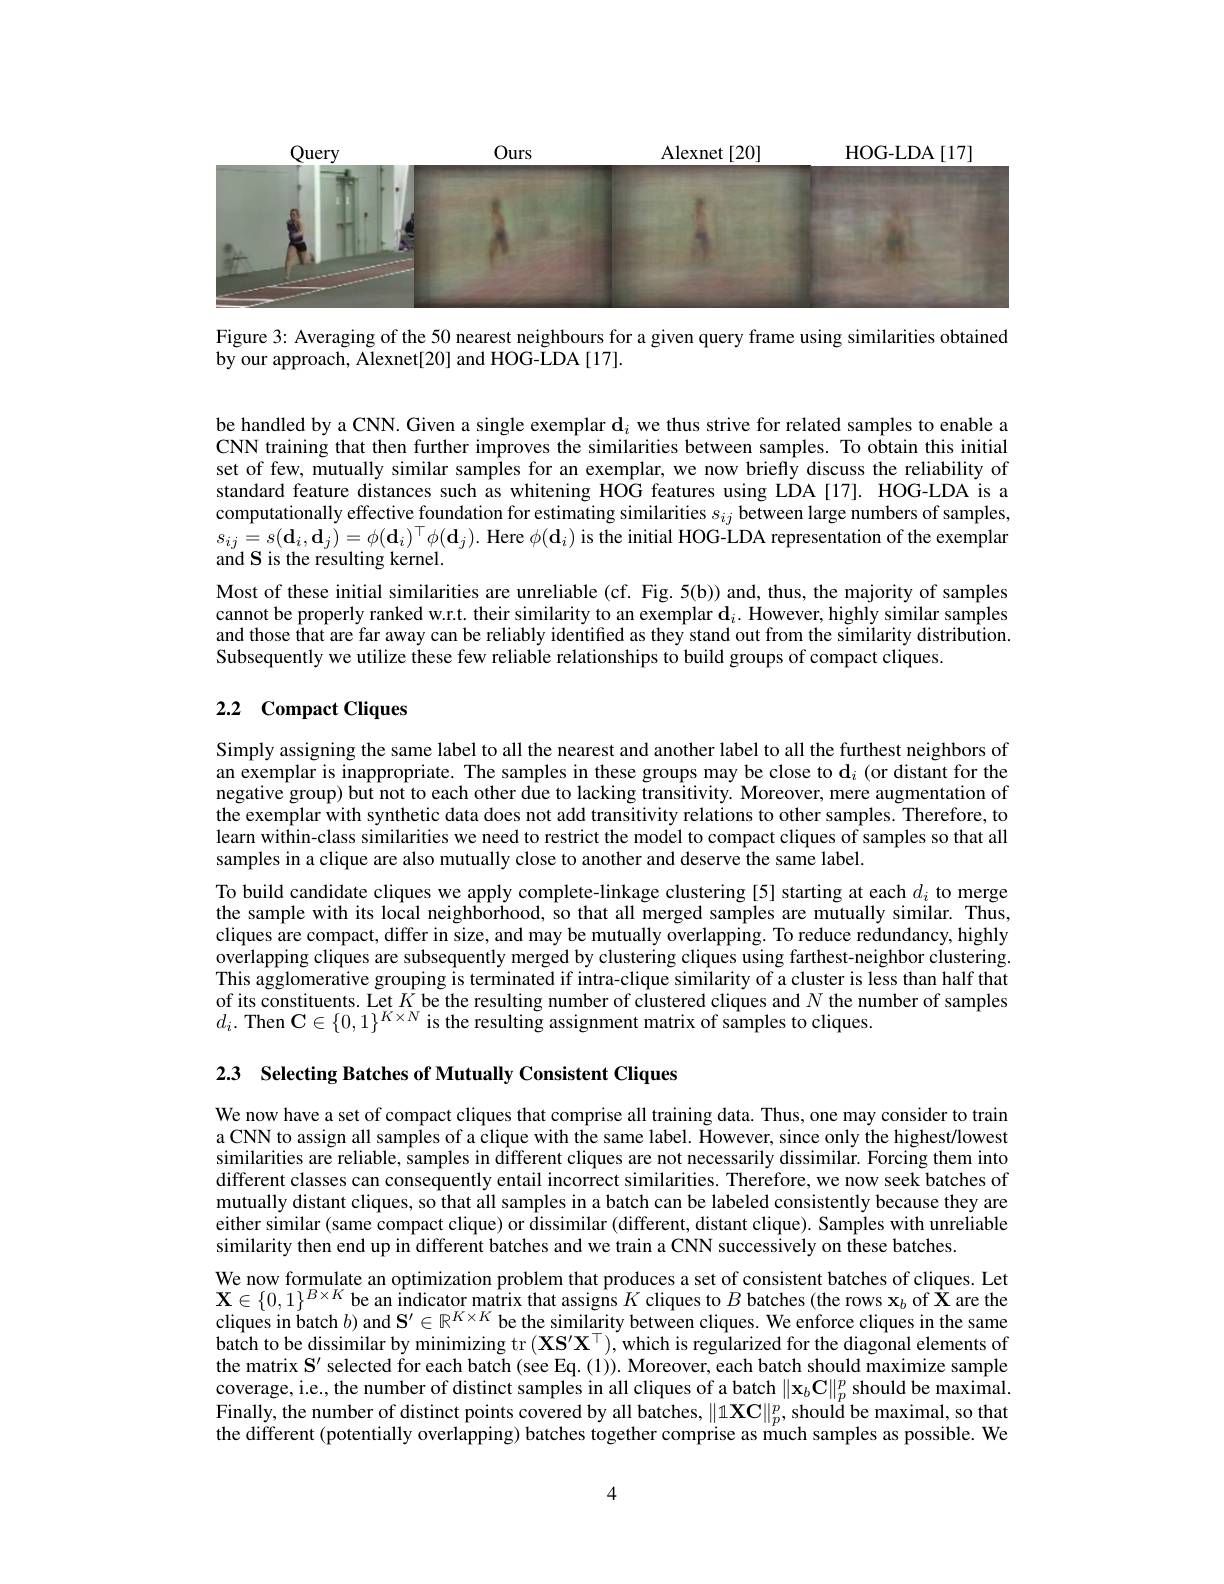
<FigureHere>

Figure 3: Averaging of the 50 nearest neighbours for a given query frame using similarities obtained
by our approach, Alexnet[20] and HOG-LDA[17].

be handled by a CNN. Given a single exemplar $\mathbf{d}_i$ we thus strive for related samples to enable a CNN training that then further improves the similarities between samples. To obtain this initial set of few, mutually similar samples for an exemplar, we now brieffy discuss the reliability of standard feature distances such as whitening HOG features using LDA[17]. HOG-LDA is a computationally effective foundation for estimating similarities $s_{ij}$ between large numbers of samples, $s_{ij}=s(\mathbf{d}_{i},\mathbf{d}_{j})=\phi(\mathbf{d}_{i})^{\top}\phi(\mathbf{d}_{j}).$ Here $\phi(\mathbf{d}_{i})$ is the initial HOG-LDA representation of the exemplar and S is the resulting kernel.
Most of these initial similarities are unreliable (cf. Fig. 5(b)) and, thus, the majority of samples cannot be properly ranked w.r.t. their similarity to an exemplar $\mathbf{d}_i.$ However, highly similar samples and those that are far away can be reliably identified as they stand out from the similarity distribution. Subsequently we utilize these few reliable relationships to build groups of compact cliques

## 2.2 Compact Cliques

Simply assigning the same label to all the nearest and another label to all the furthest neighbors of an exemplar is inappropriate. The samples in these groups may be close to $\mathbf{d}_i$ (or distant for the negative group) but not to each other due to lacking transitivity. Moreover, mere augmentation of the exemplar with synthetic data does not add transitivity relations to other samples. Therefore, to learn within-class similarities we need to restrict the model to compact cliques of samples so that all samples in a clique are also mutually close to another and deserve the same label.
To build candidate cliques we apply complete-linkage clustering [5] starting at each $d_i$ to merge the sample with its local neighborhood, so that all merged samples are mutually similar. Thus, cliques are compact, differ in size, and may be mutually overlapping. To reduce redundancy, highly overlapping cliques are subsequently merged by clustering cliques using farthest-neighbor clustering. This agglomerative grouping is terminated if intra-clique similarity of a cluster is less than half that of its constituents. Let $\tilde{K}$ be the resulting number of clustered cliques and $N$ the number of samples $d_i.$ Then C$\in\{0,1\}^K\times N$ is the resulting assignment matrix of samples to cliques.

2.3 Selecting Batches of Mutually Consistent Cliques

We now have a set of compact cliques that comprise all training data. Thus, one may consider to train a CNN to assign all samples of a clique with the same label. However, since only the highest/lowest similarities are reliable, samples in different cliques are not necessarily dissimilar. Forcing them into different classes can consequently entail incorrect similarities. Therefore, we now seek batches of mutually distant cliques, so that all samples in a batch can be labeled consistently because they are either similar (same compact clique) or dissimilar (different, distant clique). Samples with unreliable similarity then end up in different batches and we train a CNN successively on these batches.
We now formulate an optimization problem that produces a set of consistent batches of cliques. Let $\begin{array}{l}\mathbf{X}\in\{0,1\}^{B\times K}\text{be an indicator matrix that assigns }K\text{ cliques to }B\text{ batches (the rows x}_{b}\text{ of }\hat{\mathbf{X}}\text{ are the}\\\mathrm{cliques~in~batch~}b)\mathrm{~and~}\mathbf{S}^{\prime}\in\mathbb{R}^{K\times K}\text{ be the similarity between cliques. We enforce cliques in the same}\end{array}$ $\hat{\text{batch to be dissimilar by minimizing tr }} ( \mathbf{X} \mathbf{S} ^{\prime }\mathbf{X} ^{\top }) , \hat{\text{which is regularized for the diagonal elements of}}$ the matrix $\mathbf{S}^\prime$ selected for each batch (see Eq.(1)). Moreover, each batch should maximize sample coverage, i.e., the number of distinct samples in all cliques of a batch $\|\mathbf{x}_b\mathbf{C}\|_p^p$ should be maximal Finally, the number of distinct points covered by all batches, $\|1\mathbf{XC}\|_p^p$, should be maximal, so that the different (potentially overlapping) batches together comprise as miuch samples as possible. We

4